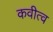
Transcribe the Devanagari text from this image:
कवीत्व